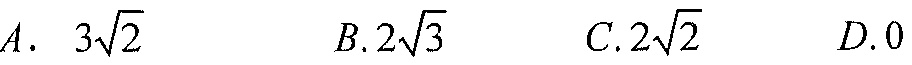
$A.\ 3\sqrt{2}\quad B.2\sqrt{3}\quad C.2\sqrt{2}\quad D.0$